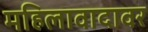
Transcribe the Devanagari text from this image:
महिलावादावर